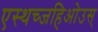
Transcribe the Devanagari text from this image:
एस्थच्जहिओउस्